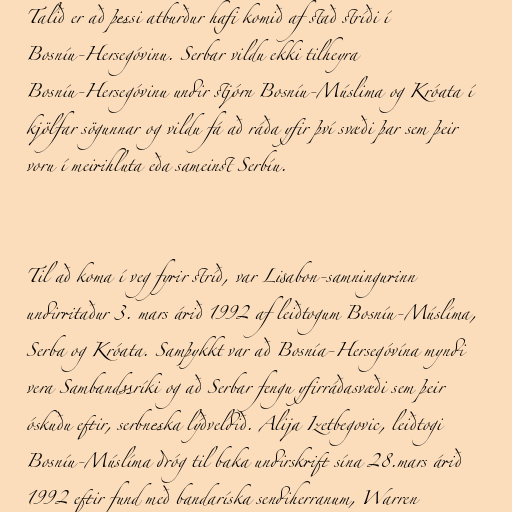
Talið er að þessi atburður hafi komið af stað stríði í
Bosníu-Hersegóvinu. Serbar vildu ekki tilheyra
Bosníu-Hersegóvinu undir stjórn Bosníu-Múslima og Króata í
kjölfar sögunnar og vildu fá að ráða yfir því svæði þar sem þeir
voru í meirihluta eða sameinst Serbíu.

Til að koma í veg fyrir stríð, var Lisabon-samningurinn
undirritaður 3. mars árið 1992 af leiðtogum Bosníu-Múslíma,
Serba og Króata. Samþykkt var að Bosnía-Hersegóvína myndi
vera Sambandssríki og að Serbar fengu yfirráðasvæði sem þeir
óskuðu eftir, serbneska lýðveldið. Alija Izetbegovic, leiðtogi
Bosníu-Múslíma dróg til baka undirskrift sína 28.mars árið
1992 eftir fund með bandaríska sendiherranum, Warren